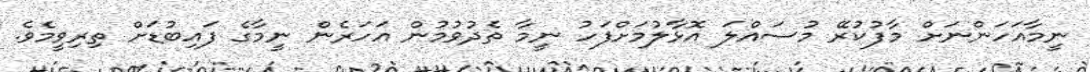
ނީމާއަހަންނަށް މާފުކުރޭ މުސައްލަ އޮޅާލުމަށްފަހު ނީމާ ތެދުވުމުން އަހަރެން ނީމާގެ ފައިބުޑަށް ތިރިވީމެވެ.